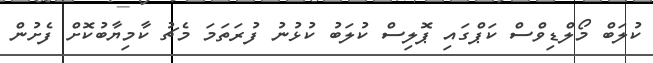
ކުލަބް މޯލްޑިވްސް ކަޕްގައި ޕޮލިސް ކުލަބު ކުޅުނު ފުރަތަމަ މެޗު ކާމިޔާބުކޮށް ފެށުން